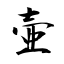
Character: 壷